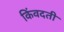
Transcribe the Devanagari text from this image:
किंवदती